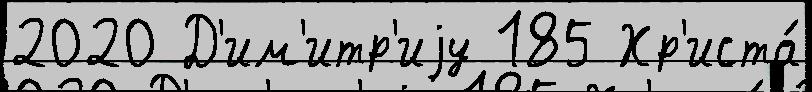
2020 Д'им'итр'иjу 185 Хр'иста́